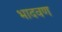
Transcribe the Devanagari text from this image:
भादवण